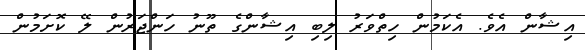
އިޝާން އެވެ. އެކަމުން ހިތްވަރު ލިބި އިޝާންގެ ތޫނު ހަންޖަރުން ލޭ ކޮށަމުން